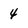
Character: 4